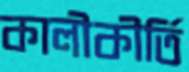
কালীকীর্তি